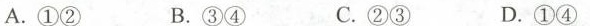
A.①② B.③④ C.②③ D.①④